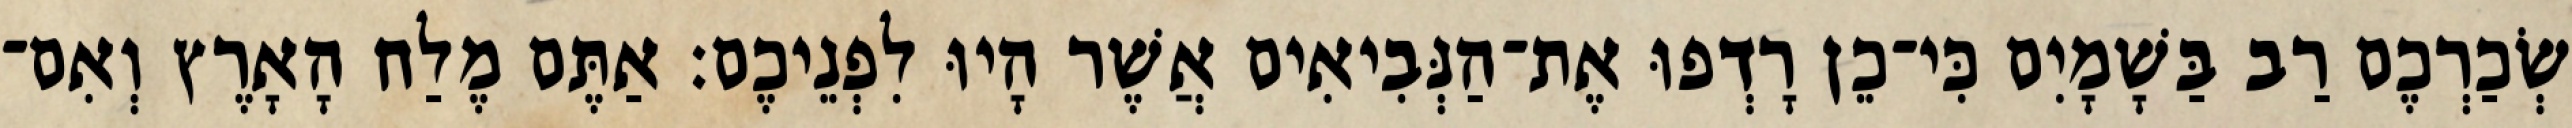
שְׂכַרְכֶם רַב בַּשָׁמָיִם כִּי־כֵן רָדְפוּ אֶת־הַנְּבִיאִים אֲשֶׁר הָיוּ לִפְנֵיכֶם׃ אַתֶּם מֶלַח הָאָרֶץ וְאִם־